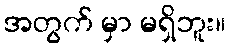
အတွက် မှာ မရှိဘူး။